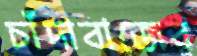
চাঁদাবাজের